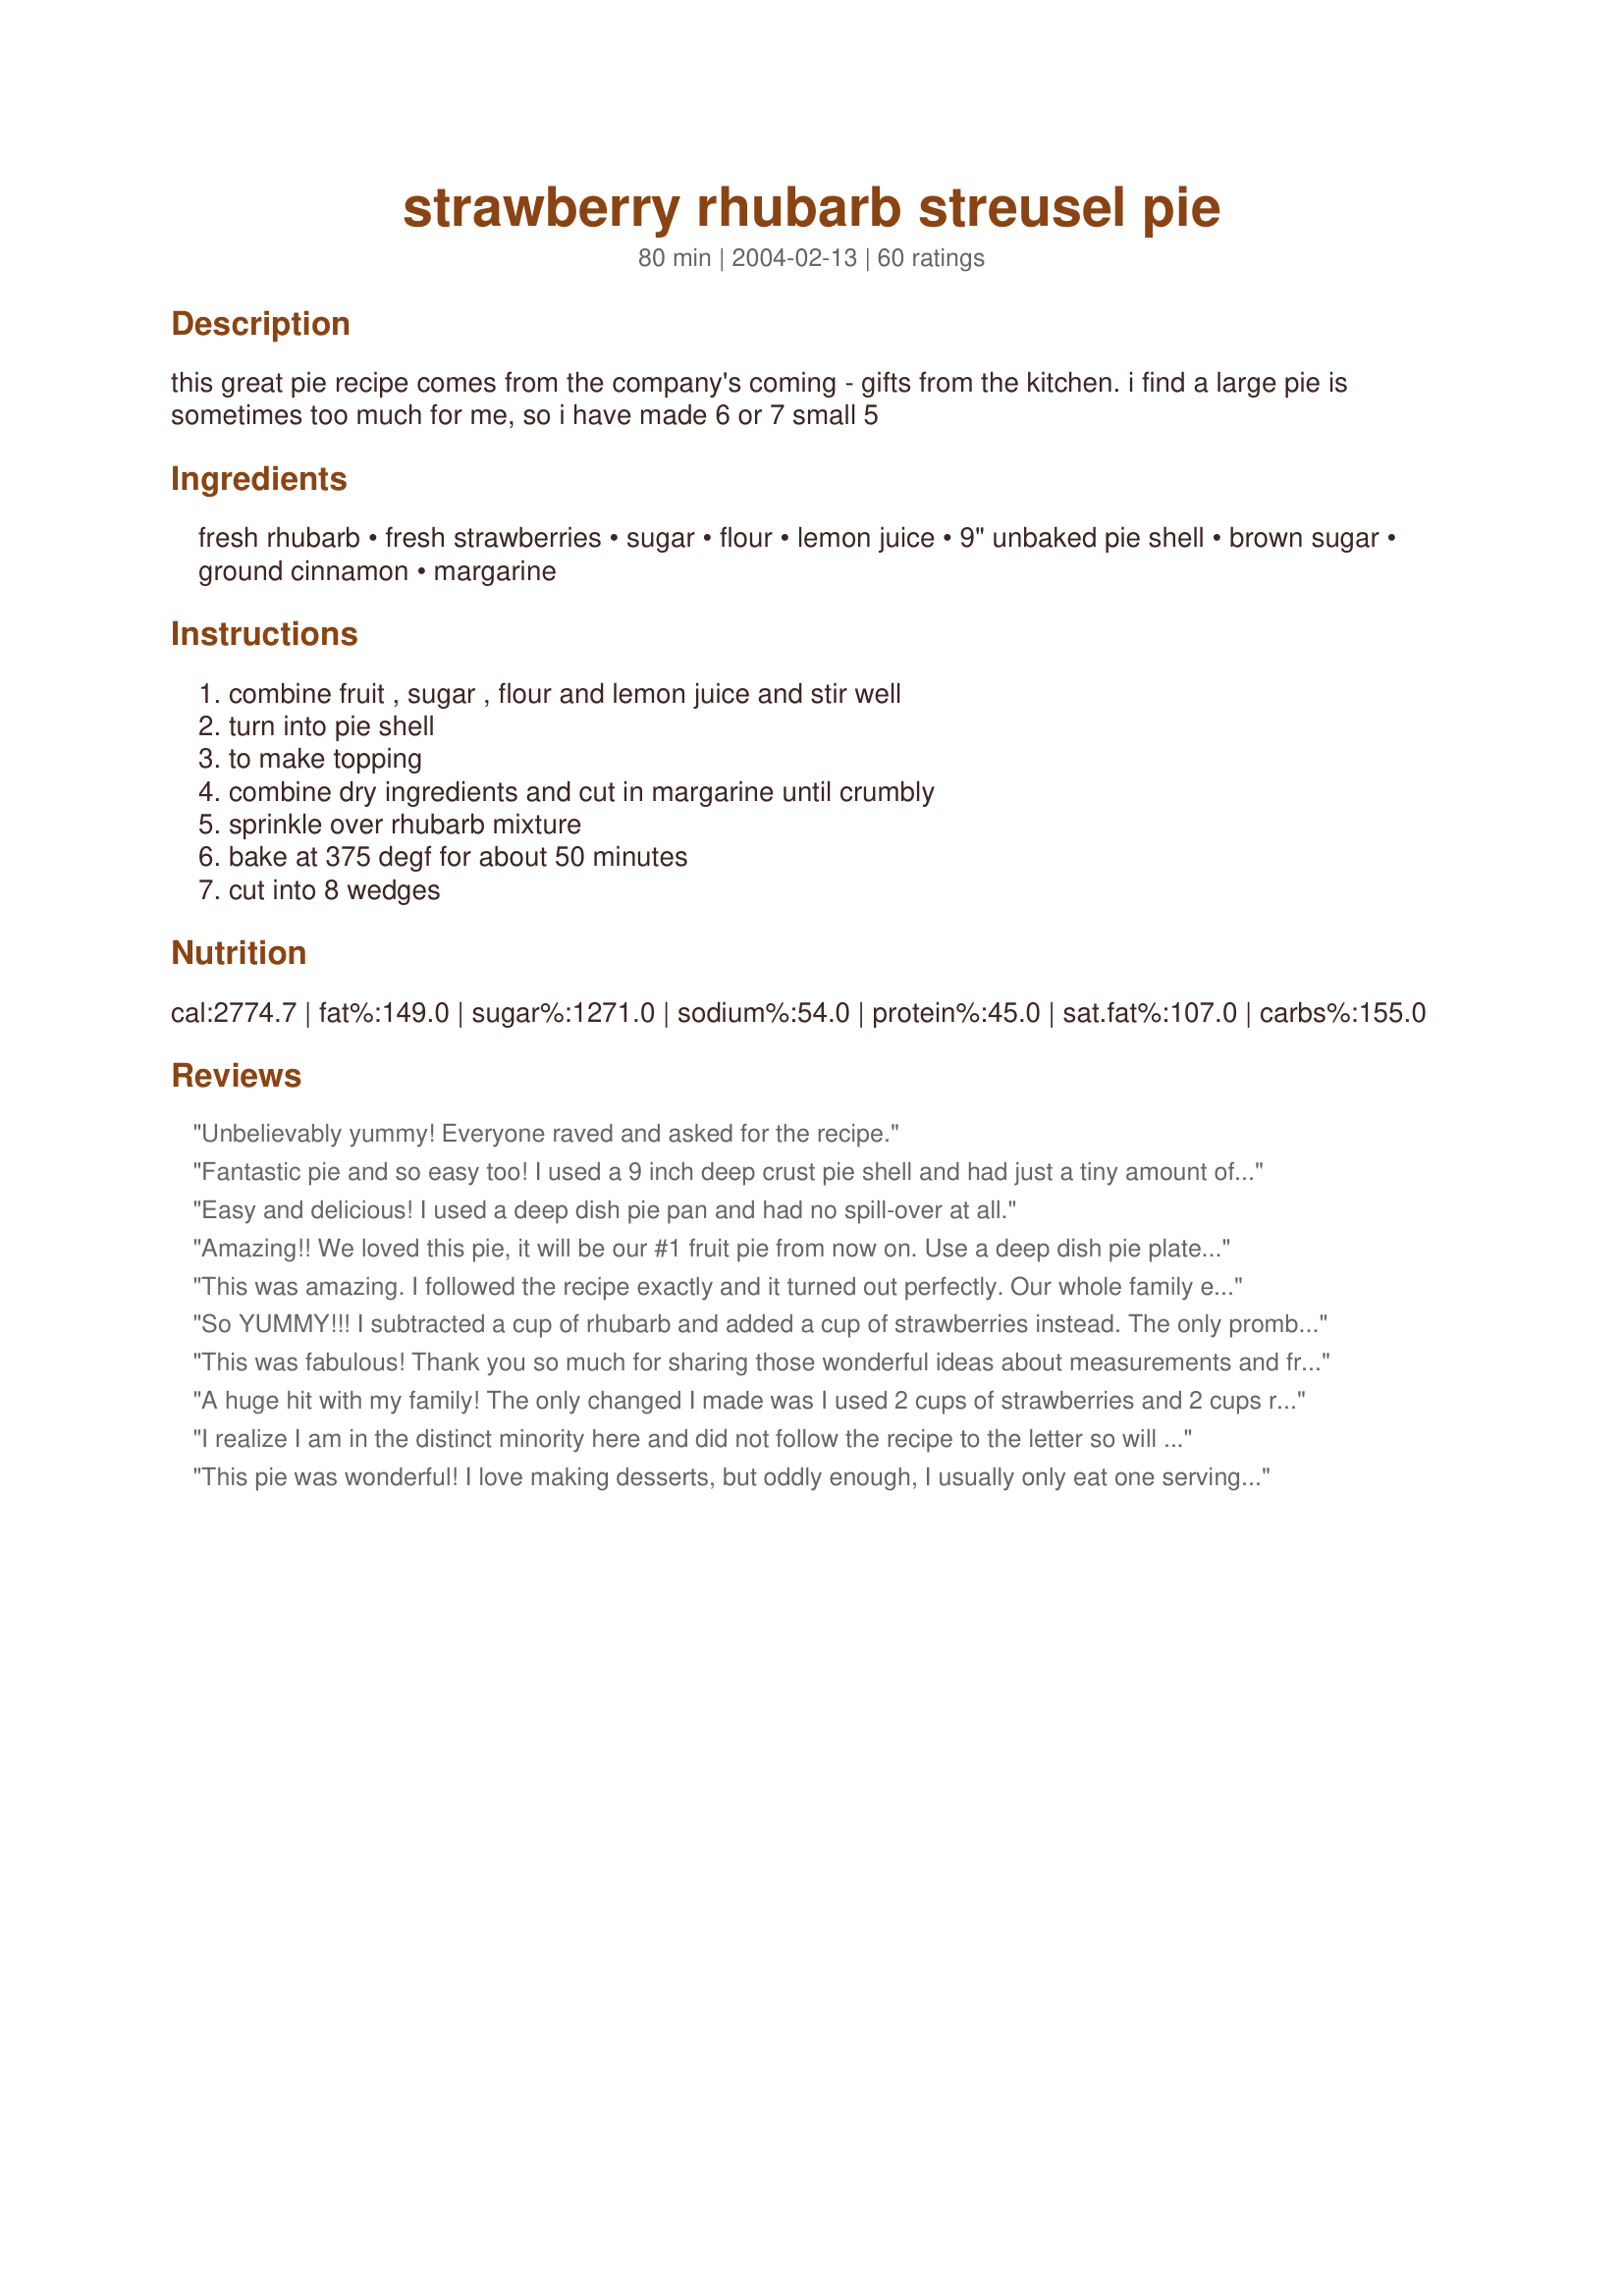
strawberry rhubarb streusel pie
Preparation time: 80 minutes

this great pie recipe comes from the company's coming - gifts from the kitchen. i find a large pie is sometimes too much for me, so i have made 6 or 7 small 5

Ingredients:
fresh rhubarb, fresh strawberries, sugar, flour, lemon juice, 9" unbaked pie shell, brown sugar, ground cinnamon, margarine

Steps:
combine fruit , sugar , flour and lemon juice and stir well, turn into pie shell, to make topping, combine dry ingredients and cut in margarine until crumbly, sprinkle over rhubarb mixture, bake at 375 degf for about 50 minutes, cut into 8 wedges

Reviews:
Unbelievably yummy! Everyone raved and asked for the recipe.
Fantastic pie and so easy too! I used a 9 inch deep crust pie shell and had just a tiny amount of spill over. The finished pie was absolutely delicious but was a little juicy at the bottom. Next time I will mix the filling together, wait 10 minutes and then add an additional 2 tbsp of flour before filling the shell. That usually does the trick for my blueberry pies. All ingredient amounts were spot on and the topping was perfect! Thanks for posting.
Easy and delicious! I used a deep dish pie pan and had no spill-over at all.
Amazing!! We loved this pie, it will be our #1 fruit pie from now on. Use a deep dish pie plate or it will boil over. We like it served warm, add some vanilla bean ice cream and it is heaven...mmmm! Thanks for posting!!
This was amazing. I followed the recipe exactly and it turned out perfectly. Our whole family enjoyed it and I wouldn't change a thing. Hanging on to this one for next year with lots of left over rhubarb from the garden. I also think it deserves 5 starts for how EASY it is to make. I had a pre-made crust and just threw everything in, topped it with the streusel. Easy and delicious!
So YUMMY!!! I subtracted a cup of rhubarb and added a cup of strawberries instead. The only promblem I had was it overflowed, but luckly i had it over another pan for an easy clean-up. Thanx for sharing this delicious pie recipe!!! ;)
This was fabulous! Thank you so much for sharing those wonderful ideas about measurements and freezing! LA :-)
A huge hit with my family! The only changed I made was I used 2 cups of strawberries and 2 cups rhubarb-yummy and simple to make, too!!!

Thank you, will be making again!
I realize I am in the distinct minority here and did not follow the recipe to the letter so will not give a star rating. I used all rhubarb and that may not have been a good idea. The pie was a bit too runny and the flavor of cinnamon was a bit too predominant for me. So next time, I'll add strawberries, more flour to the filling and omit the cinnamon--I'm sure it will be a winner for me then too.
This pie was wonderful! I love making desserts, but oddly enough, I usually only eat one serving and the let DH eat the leftovers. For this recipe, one serving wasn't enough. I will definitely be making again.
This is great for those of us that don't love crust. The topping is a great comprimise (DH prefers crust on top and bottom, but he also enjoyed this). I used cornstarch instead of flour and thought it could use a little more. It also bubbled over far more than expected, leaving much less filling than I'd like. Will fiddle with it 'til perfected! Thanks.
What a beautiful pie! This was so easy and very tasty. Not only did my husband LOVE it but so did my very picky kids! Unlike some rhubarb &amp; strawberry pies, I could easily taste the delicious tartness of the rhubarb but the strawberries (and sugar) were just enough to bring it all together.
I loved this pie -- easy to make and delicious. Next time, however, I might use a bit less sugar so that the taste of the fruit is a bit more pronounced. So good!
Wow! I LOVED this recipe! Made it exactly as is, but next time I might make the crust from scratch, as the filling is just way too good for plain ol' store bought pie crusts. Will be making this next weekend to take to work, guarenteed hit!

Thanks for sharing!
Not so good for me. I used very fresh rhubarb that had a lot of moisture and the pie turned out very runny. It would probably be okay with a tablespoon or two of tapioca. Also, was hoping the topping would be set up, but it was watery as well. Sorry.
Love this recipe! A home run. Tastes amazing.
Only used 3/4 cup of sugar, 3 cups of strawberries and only 1 1/2 cup of rhubarb
yummy
My husband and I really loved this pie, although I made some changes after reading others' comments. I have some suggestions:
1. Definitely cut the sugar down, as the fruit is naturally sweet and there is a brown sugar topping. (I used 3/4 c. sugar, but after tasting it, I could have easily cut it to 1/2 c. or even less.)
2. The pie was too liquidy, although delicious. I was surprised, because I let the ingredients sit, removed about 1/2 cup liquid, and added 2 more Tbs. of flour before putting into the crust. The next time, I would wait to add any flour, and I would let the fruits, lemon juice, and sugar sit for even longer to pull out some more juices. Then I would add the flour to the fruit mixture. With the reserved non-flour liquid, I would boil it down to a syrup and drizzle on the plate or on top of the finished pie.
Easy and excellent pie!
My family went GAGA over this pie. My husband & kids couldn't get enough. Even my father-in-law was trying to steal his wife's piece. Thanks for the great recipe!!!
Great recipe, very easy to prepare. Used 4 cups rhubarb & about 2 cups strawberries to fill up the pie - also used a bit more flour too because of adding more fruit. Thanks for sharing!!
I got some fresh rhubarb from a friends mom in Santa Barbara and couldn't wait to make a pie!! I had a single pie shell and no top so I chose this recipe. I love dutch apple pie so I figured this would be great too, and it was. I would highly suggest that you bake the pie itself sitting in a jellyroll pan as my pie released a lot of overflow liquid that would have ended on the bottom of the oven...cleanup was much easier this way. The pie cut very well, but is just a little liquidy when warm, so baking it ahead and letting it cool is a plus for a firmer inside. The sweet crunch top is really perfect for this pie! My dh love, love, loved it and so did I! Pam
This is my favorite recipe for Strawberry Rhubarb Pie and I make it every year! Tangy and sweet and just perfect!
This was awesome! I had fresh rhubarb and strawberries, so it was perfect. I love the strusel top instead of crust. I will use it on all my pies! I added oats of course
LOVE IT! I had a little more strawberry available than rhubarb because frost destroyed most of our crops here in Michigan. So it was a little more half and half rhubarb and strawberry. I thought it was delicious and can't wait to try it according to your portions.
Pie smells delicious. I will review after I've tasted it, but I wanted to get the substitutions down before I forgot them. I used Pat-A-Pie crust (mom's recipe, I'll go and put that up on the Zaar right now) for the crust and crumble on top, except I added more sugar, some butter and cinnamon to closer match the crumble directions on here. For the filling I had slightly under 3 cups of rhubarb so added slightly more strawberries to make up the difference. Probably nothing noticable. I used rolled oats instead of flour (addeding another tablespoon) because I like the taste of oats with fruit and added slightly more lemon juice (maybe doubled the amount) because I had a freshly picked lemon that was quite sweet-tart and wanted more of that flavor. Will come back to review soon...

edited to add: was delicious both hot and cold. Would be excellent served with cold, fresh whipped cream.
This is an awesome recipe! I loved the tang of the rhubarb mixed with the sweetness of the strawberries and will be making it again - often! Thanks for sharing it has quickly become a favourite.
I had some frozen rhubarb that I wanted to use and this recipe sounded so inviting, I just had to try it. Well, let me tell you, it is a terrific pie, with great flavor and every bite makes you want another. Loved the topping! We had with ice cream and it was the perfect ending to our meal. Thanks for sharing Shar! Becky
Used half the sugar and twice the strawberries. Followed previous reviewer's suggestion about letting fruit/flour/sugar mixture sit for 10 minutes and then adding an additional 2T flour before pouring into crust. Fabulous!
Excellent recipe using two popular summer ingredients. Since finding this recipe I have made it twice and each pie was a bit different. The first one I added too much lemon juice which slightly took away the tartness of the rhubarb. I also reduced the sugar to 3/4 cup and it was pretty sweet in addition to a second cup of strawberries.
The second pie I used the proper amount of lemon juice (1 tsp) and reduced sugar to 1/2 cup. I also shortened the baking time by 5 minutes because the crumble topping almost burned on the first pie. The second pie had more tartness, was not overly sweet, and bits of the rhubarb still had some crunch left.
In both pies I used the recommendations of adding cornstarch instead of flour and adding another cup of chopped strawberries. Both certainly ensured a gooey but not runny pie that didn't skimp on ingredients. My husband and I love this recipe and I look forward to making this often this summer. Thanks!
So easy to make - even I could do it! Followed recipe (except cut sugar in half) and it worked out great. Am baking it for the second time (in a week!) as I type!
I doubled this recipe to make two deep dish pies. It works out to about 1 pd. of rhubarb and 1 qt. strawberries. I mixed the topping in the food processor and pulsed till crumbly. It was very easy to make and delicious! PS: You could probably use the food processor to chop the rhubarb too.
This was my first time cooking with rhubarb, and the results were great! Simple recipe, and very tasty. I used fresh rhubarb & strawberries, and doubled the recipe (I had 2 crusts in the freezer). I added some oats in the topping for extra texture (to make it more like a crisp or a crumble). I would suggest baking the pie in a jellyroll pan, or lining your bottom oven rack with foil, because my pies did release some overflow liquid. The pies make the house smell great. Will definitely make again!
Made this pie for my Dad for Father's Day. A huge hit.<br/>Only thing I did different was substitute 1/2 cup tapioca for 3T. flour in the fruit.
Made this exactly as written. Wonderful rhubarb and strawberry flavors. My family loved it, even the ones who don't usually like rhubarb. The streusel topping made it work for them. Used Means' Classic Pie Crust and it worked beautiflly with this pie. Thanks, I'm making another one now for the bake sale!
I used a store bought pie crust & it was very easy to make. The sweetness level was not so overpowering that you have a good combo of rhubarb & strawberry flavor. My dh said I can't make this for anyone else but him! Thanks! P.S. Strawberry/Rhubarb pie is my fave.
Wow, what an amazing pie! We increased the amount of filling 50% to 6 cups in a ratio of 4c rhubarb : 2c strawberries. Baked it in a regular-depth 9-inch pie plate. Which means it was piled high. When it came out of the oven, it looked like something you'd see at the state fair. And the flavor was absolutely fabulous! My mother-in-law even left a note on the pie plate that read, "#1 Pie. Great job!"
I followed the recipe except using 2 Cups rhubarb and 2 Cups strawberries because that's what I had. And I used a deep dish 9" pie plate. The pie had AMAZING flavor, and was a little soupy, but maybe I didn't wait long enough to cut into it.... :) Thanks for posting!
This pie was wonderful! I followed the recipe except I melted the butter for the topping because my pastry blender is broken. It was a little watery right out of the oven but so yummy. Thanks!
Absolutely delicious. That's all there is to say!
excellent results and very easy to put together. while i was mixing the fruit together--i spotted a small container on the kitchen counter with some sweetened cranberries. I thought they might be an addition that couldn't hurt---it was all good!!!
This is very easy and tastes great. I did substitute 2/3 cup of oats for the flour in the streusel. Wonderful recipe!
Absolutely impressive, topping looks great and best of all it tastes as good as it looks. I didn't have enough strawberries for the second pie and guess what...we loved that one too!
Great recipe!
Sooo good! I made it yesterday afternoon and have already had three slices. I reduced the sugar by 1/4 cup and would do this again. I need to figure out how keep the crust from getting soggy. I know there are tricks. Thanks for posting this great recipe. I'll be making it lots.
Oh MY! this was heaven on a plate. There is no way you can improve upon this IMO.
This was great. I bought some rhubarb and dh immediately asked for a strawberry/rhubarb pie. I'm lazy - I'll bake bread but not pie crusts so since I only had one frozen one I had to find a pie that didn't require two crusts. Boy, am I glad that I found this single crust pie. I made it sugar free using Splenda and Sugar Twin Brown sugar replacement. It was wonderful - thanks!
This pie is awesome! My grandmother made strawberry rhubarb pie when I was younger and I think this recipe might even be better than hers! The filling is nice and thick with no runnyness when cut into. Not too sweet. The topping is a nice touch too.
Simply dee-licious!! Used 3 cups of each...3 tbls of tapioca and 2 tbls of flour. This is a keper! Thanks for sharing your recipe.
This pie was incredibly easy to make and tasted wonderful. <br/><br/>I made one to take to work and before I put it in the oven, realized that I would never get out of the house with it so I had to make two!!<br/><br/>They were both gone the same day!!
This is the most fabulous strawberry rhubarb pie ever! I don't think I had the quantity of strawberries and rhubarb listed, I didn't measure, just used what I had. It was awesome, though! What an awesome topping! I will be trying it on other pies, too! Oh, and I used frozen strawberries, and thickened up the juice a little with cornstarch before I mixed the filling together; I still used the flour, too.
Delicious! I used more of a 1-to-1 ration of rhubarb to strawberries (just what I had enough of). Also used a little less butter because we ran out! And added ~1/4 cup of dry oatmeal to the topping. Came out great!
This pie was SUPER!!!!! Received nothing but compliments from my family. Will be making this again.
Made this pie today. Still came a bit runny but overall tasted good. Perhaps a bit more cornstarch next time and definitely more crumb topping. I found covering with foil and baking an extra 10 minutes and let sitting help let it set up more.
This pie is fantastic. I made it for my grandmother's birthday (she doesn't like cake) and it was a big hit. Easy to make and very delicious. The topping is a great alternative to a pie crust.
Great pie and we enjoyed the streusel topping. I added 1 more cup of strawberries because my dish looked a little empty. I used 4T of cornstarch. I didn't have any run over BUT it was very juicy and didn't set. I will do some tweaking on my end when I make it next time to hopefully have the pie thicken up some. Thanks for sharing!
This is amazing!! Be careful, you might eat the whole thing before you get to the party!
Made this today using storebought dessert pastry. It is delicious and was so easy to put together. It is like eating strawberry rhubarb crumble in a pie shell. My DH really enjoyed it. Thanks for a recipe that is going to become my chosen one for strawberry/rhubarb pie from now on!
This pie recipe is one of the best i've ever had. It was too sweet the first time i made it so i cut it in halve and it was perfect.

Buster
I just made this for mother&#039;s day. I used a frozen 9&#039; deep dish shell, 2 cups of last years frozen rhubarb, frozen and fresh strawberries + extra, 6 heaping T. of flour, 1/2 cup sugar. The crumb crust was good. I let it set overnight in the refridgerator. Yum!
The rhubarb was a bit mushy, but I'm sure that's no fault of the recipe-- I just sliced the rhubarb too small. I would have liked to see oats in the topping, so next time I will substitute 1 c. oats for the flour in the topping. Other than that, a GREAT and simple recipe.
